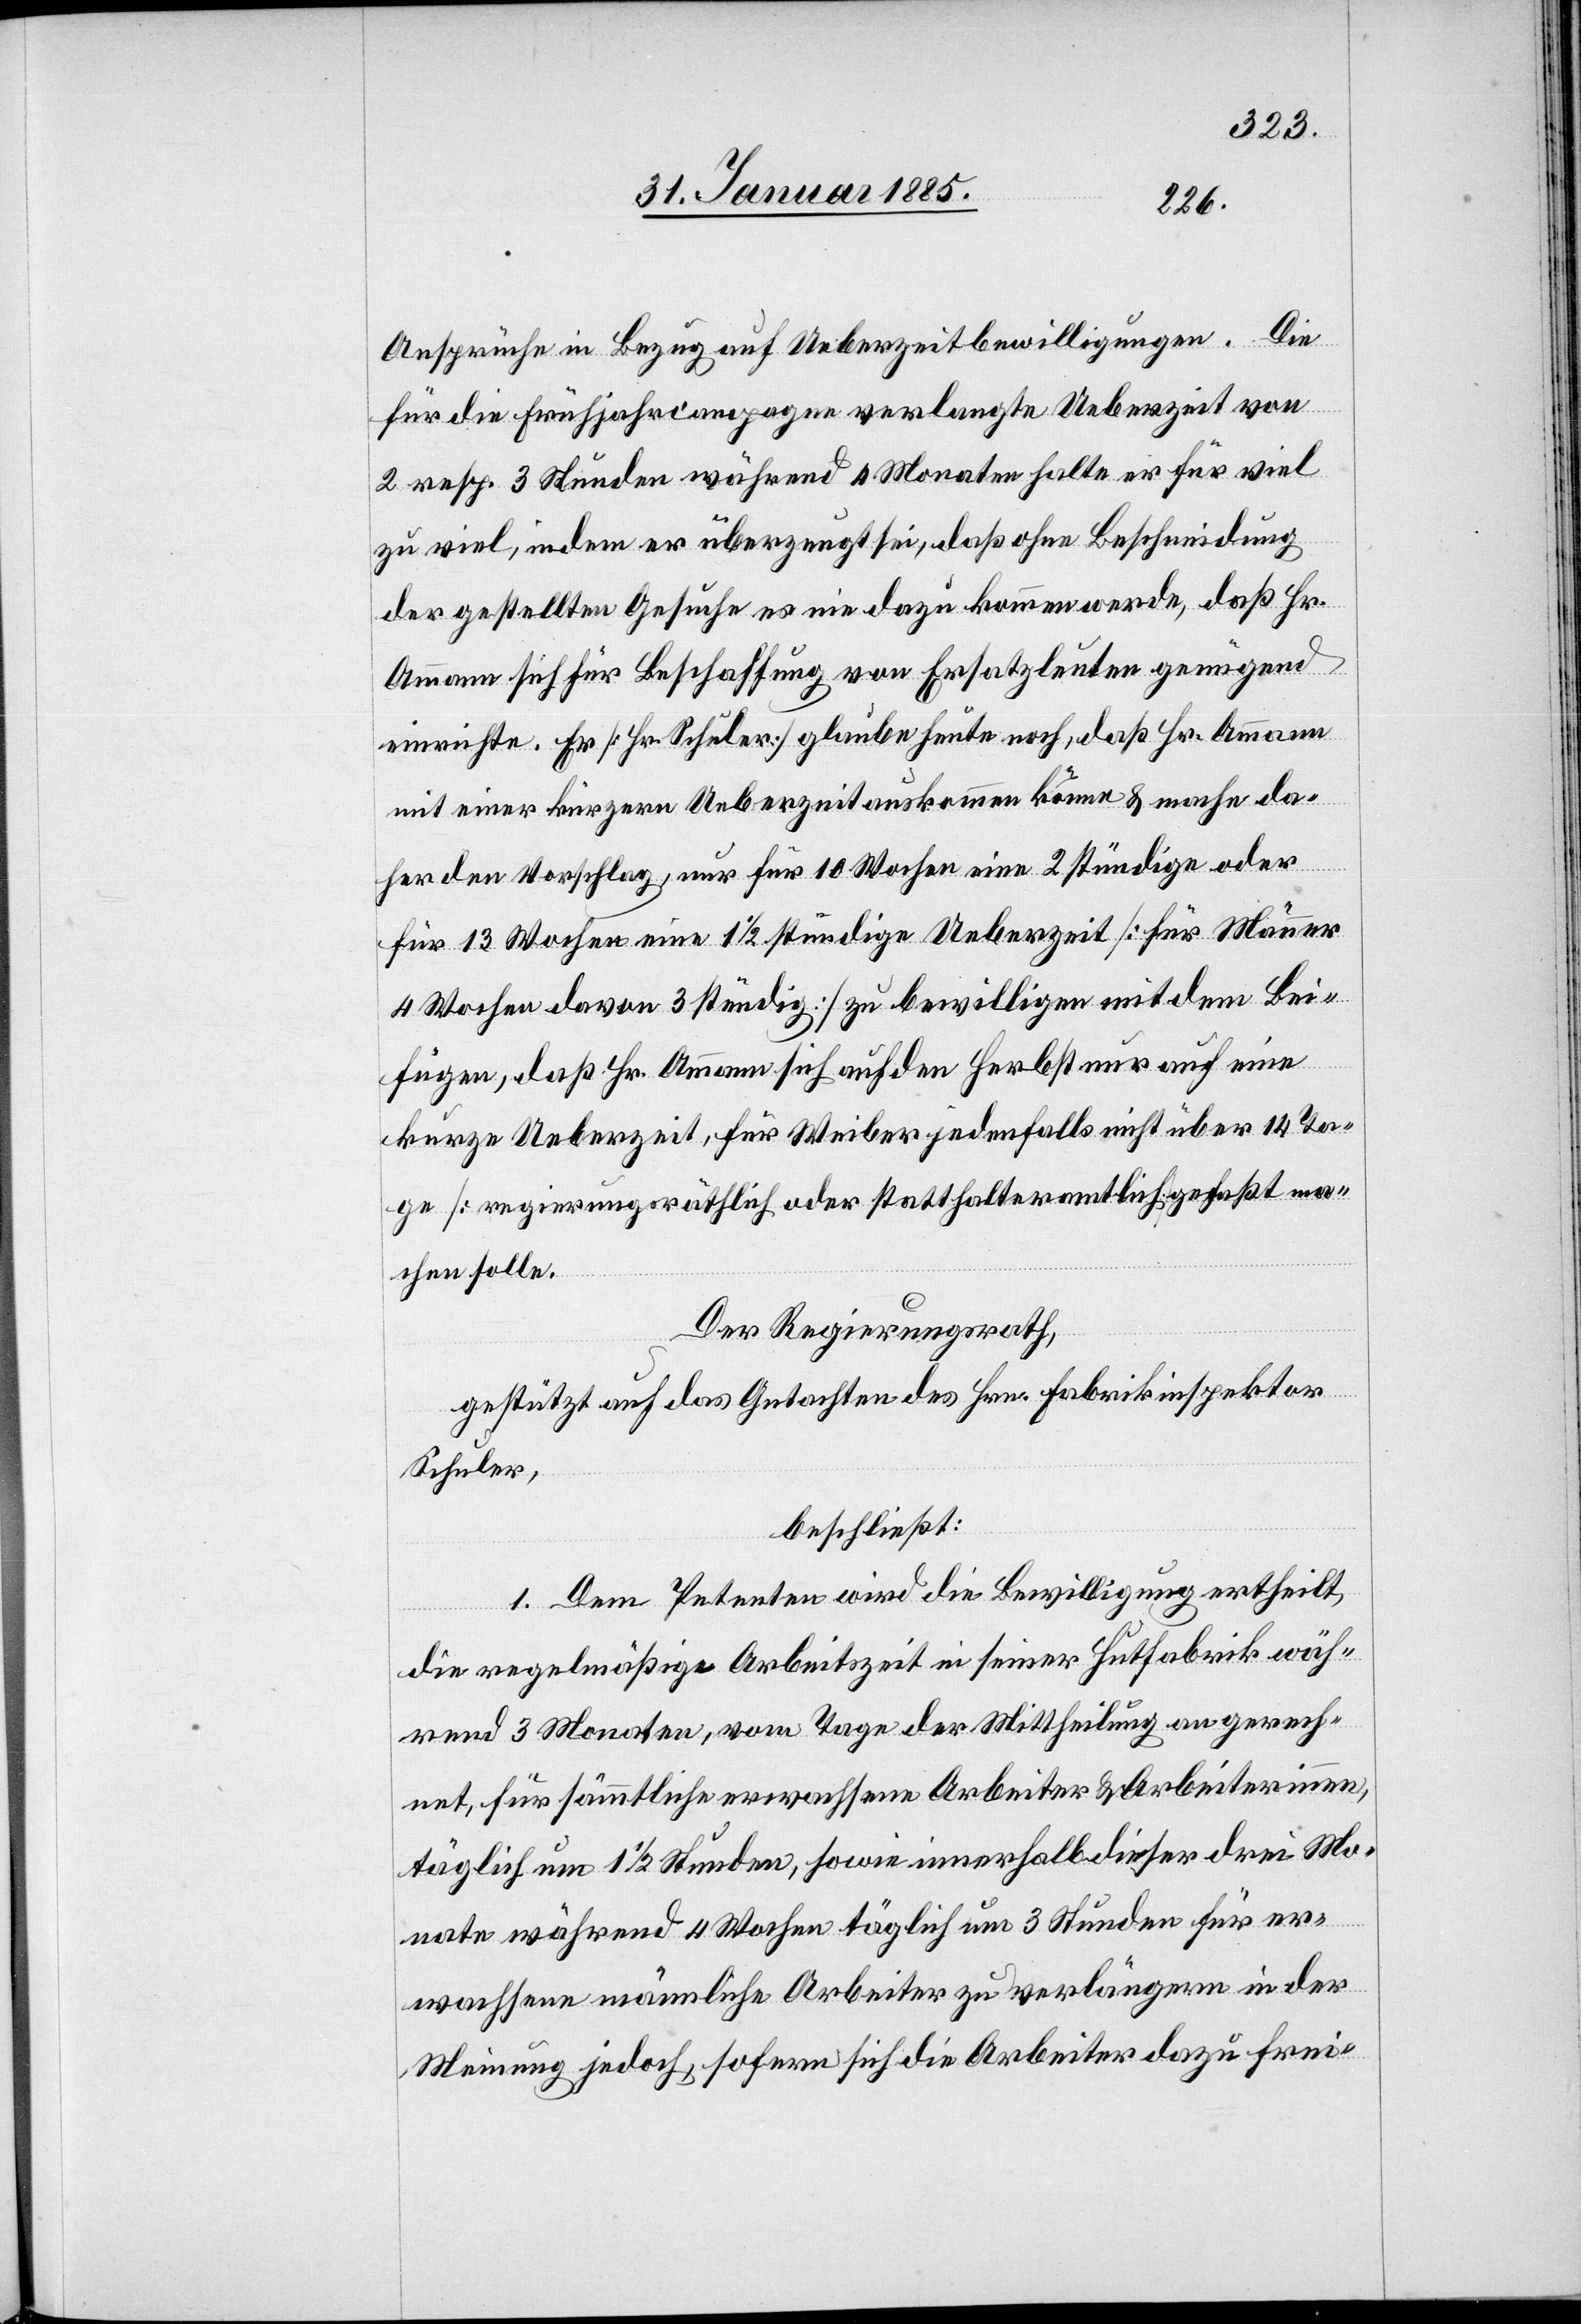
Ansprüche in Bezug auf Ueberzeitbewilligungen. Die
für die Frühjahrscampagnen verlangte Ueberzeit von
2 resp. 3 Stunden während 4 Monaten halte er für viel
zu viel, indem er überzeugt sei, daß ohne Beschneidung
der gestellten Gesuche es nie dazu kommen werde, daß Hr.
Ammann sich für Beschaffung von Ersatzleuten genügend
einrichte. Er [Hr. Schuler] glaube heute noch, daß Hr. Ammann
mit einer kürzern Ueberzeit auskommen könne & mache da¬
her den Vorschlag, nur für 10 Wochen eine 2 stündige oder
für 13 Wochen eine 1 1/2 stündige Ueberzeit [Für Männer
4 Wochen davon 3 stündig] zu bewilligen mit dem Bei¬
fügen, daß Hr. Ammann sich auf den Herbst nur auf eine
kurze Ueberzeit, für Weiber jedenfalls nicht über 14. Ta¬
ge [regierungsräthlich oder statthalteramtlich] gefaßt ma¬
chen solle.
Der Regierungsrath,
gestützt auf das Gutachten des Hrn. Fabrikinspektor
Schuler,
beschließt:
1. Dem Petenten wird die Bewilligung ertheilt,
die regelmäßige Arbeitszeit in seiner Hutfabrik wäh¬
rend 3 Monaten, vom Tage der Mittheilung an gerech¬
net, für sämmtliche erwachsene Arbeiter & Arbeiterinnen,
täglich um 1 1/2 Stunden, sowie innerhalb dieser drei Mo¬
nate während 4 Wochen täglich um 3 Stunden für er¬
wachsene männliche Arbeiter zu verlängern in der
Meinung jedoch, sofern sich die Arbeiter dazu frei-